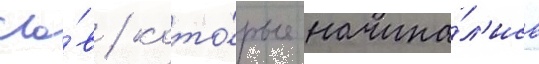
сло́в / кото́рые начина́л'ись